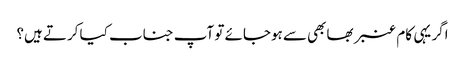
اگر یہی کام عنبر بھابھی سے ہوجائے تو آپ جناب کیا کرتے ہیں؟